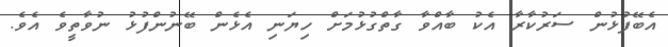
އެބޭފުޅުން ސަރުކާރާ އެކު ބާއްވާ ގާތްގުޅުމަށް ހިޔަނި އެޅެން ބޭނުންފުޅު ނުވާތީވެ އެވެ.